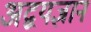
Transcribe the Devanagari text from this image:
अद्वयज्ञान